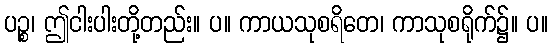
ပဉ္စ၊ ဤငါးပါးတို့တည်း။ ပ။ ကာယသုစရိတေ၊ ကာသုစရိုက်၌။ ပ။